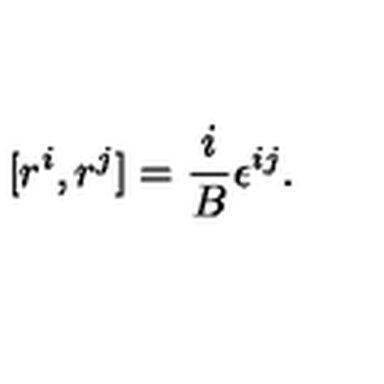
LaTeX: [ r ^ { i } , r ^ { j } ] = { \frac { i } { B } } \epsilon ^ { i j } .